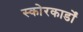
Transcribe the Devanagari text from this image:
स्कोरकार्डों